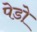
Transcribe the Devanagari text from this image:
पेडो़